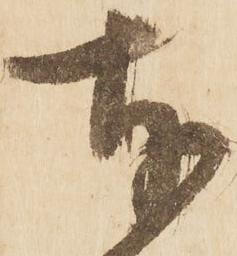
奉